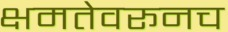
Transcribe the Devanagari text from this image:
क्षमतेवरूनच